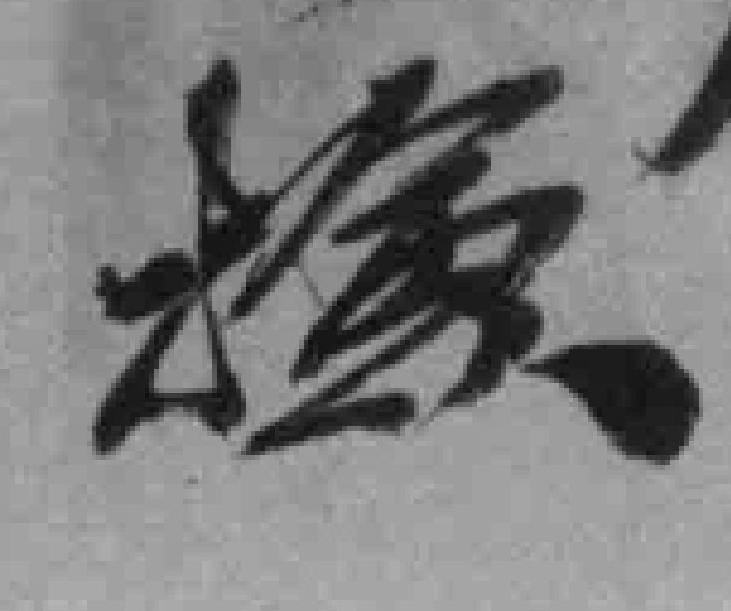
儉